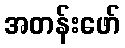
အတန်းဖော်